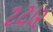
ટટાર